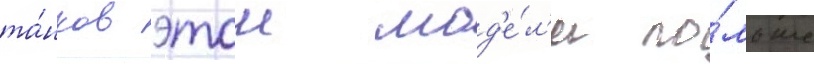
та́нков этои мод'е́л'и по́льше